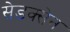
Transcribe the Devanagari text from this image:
सेडक्सेन